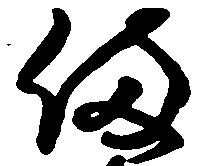
備